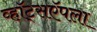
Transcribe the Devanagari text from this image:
व्हॉट्सऍपला